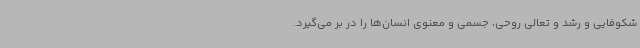
شکوفایی و رشد و تعالی روحی، جسمی و معنوی انسان‌ها را در بر می‌گیرد.